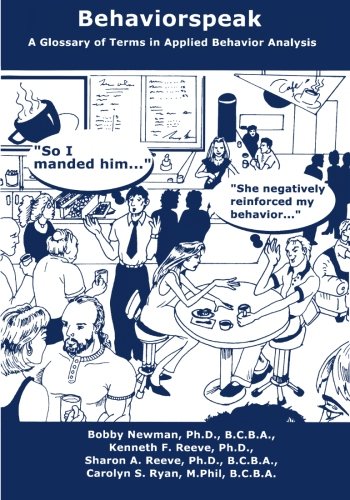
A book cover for Behaviorspeak: A Glossary of Terms in Applied Behavior Analysis (Volume 1); Bobby Newman Ph.D.; Medical Books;